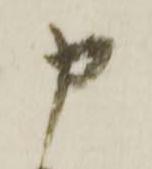
申